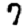
Digit: 7